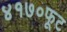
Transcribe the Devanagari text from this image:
४१७०फूट